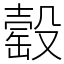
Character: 䍍